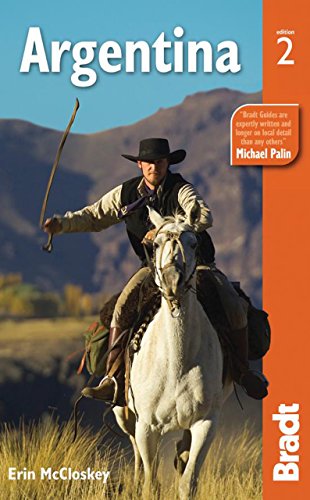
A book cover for Argentina (Bradt Travel Guide); Erin Mccloskey; Travel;